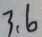
3 . 6